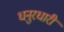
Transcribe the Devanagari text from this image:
धनुरधारी